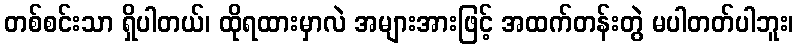
တစ်စင်းသာ ရှိပါတယ်၊ ထိုရထားမှာလဲ အများအားဖြင့် အထက်တန်းတွဲ မပါတတ်ပါဘူး၊